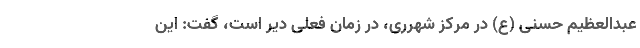
عبدالعظیم حسنی (ع) در مرکز شهرری، در زمان فعلی دیر است، گفت: این